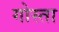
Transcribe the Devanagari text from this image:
गोस्ता